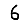
Digit: 6